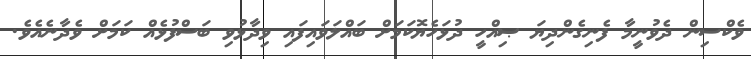
ވެކްސިން ދެވުނީމާ ފެނިގެންދިޔަ ޞިއްހީ ދުޅަހެޔޮކަމަށް ބައްލަވައިފައި ވިދާޅުވި ބަސްފުޅެއް ކަމަށް ވެދާނެއެވެ.